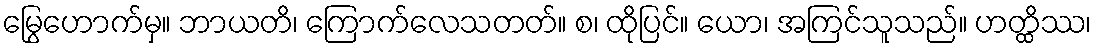
မြွေဟောက်မှ။ ဘာယတိ၊ ကြောက်လေသတတ်။ စ၊ ထိုပြင်။ ယော၊ အကြင်သူသည်။ ဟတ္ထိဿ၊